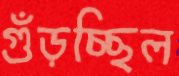
গুঁড়চ্ছিল